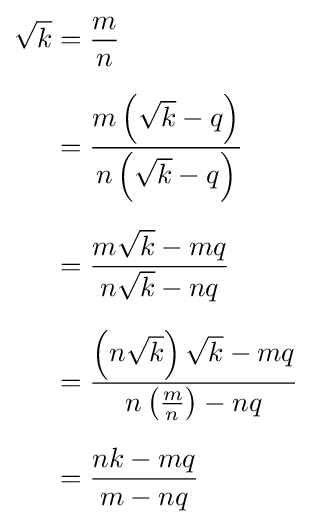
{\begin{aligned}{\sqrt {k}}&={\frac {m}{n}}\\[6pt]&={\frac {m\left({\sqrt {k}}-q\right)}{n\left({\sqrt {k}}-q\right)}}\\[6pt]&={\frac {m{\sqrt {k}}-mq}{n{\sqrt {k}}-nq}}\\[6pt]&={\frac {\left(n{\sqrt {k}}\right){\sqrt {k}}-mq}{n\left({\frac {m}{n}}\right)-nq}}\\[6pt]&={\frac {nk-mq}{m-nq}}\end{aligned}}